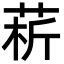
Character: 菥